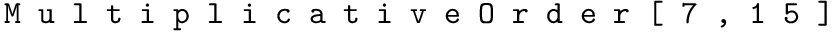
\texttt { M u l t i p l i c a t i v e O r d e r [ 7 , 1 5 ] }